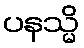
ပနသ္မိ